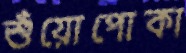
শুঁয়োপোকা